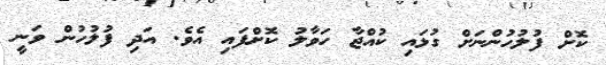
ކޮށް ފުލުހުންނަށް ގުޅައި ކުއްޖާ ހަވާލު ކޮށްފައި އެވެ. އަދި ފުލުހުން ވަނީ